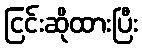
ငြင်းဆိုထားပြီး